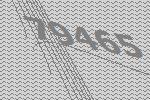
79465